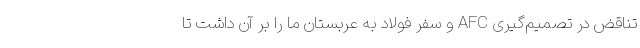
تناقض در تصمیم‌گیری AFC و سفر فولاد به عربستان ما را بر آن داشت تا